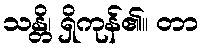
သန္တိ၊ ရှိကုန်၏။ တာ